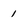
Character: 1